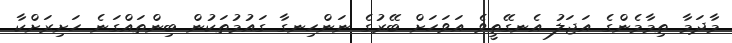
މާދަމާ ތިމާމެންގެ އަޖަލު އެނގޭތީވެ އަވަހަށް ބޭރުގެ ނަންހިނގާ ގައުމުތަކުން ބިންތައްގަނެ ހަށިރަށްކާ